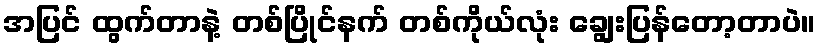
အပြင် ထွက်တာနဲ့ တစ်ပြိုင်နက် တစ်ကိုယ်လုံး ချွေးပြန်တော့တာပဲ။